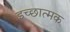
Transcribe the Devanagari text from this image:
इच्छात्मक